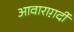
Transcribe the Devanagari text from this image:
आवाराग़र्दी